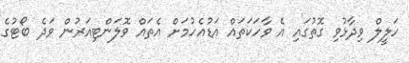
ހަލީލް ވިދާޅުވި ގޮތުގައި އެ ވާހަކަތައް އަޑުއެހުމަށް އެތައް ވޮލަންޓިއަރުން ވަދެ ބޯޓުގެ